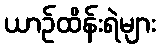
ယာဉ်ထိန်းရဲများ